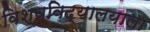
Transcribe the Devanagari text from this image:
विश्वविद्यालयाला